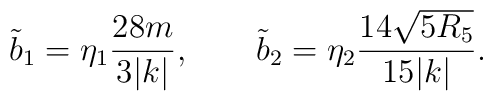
\tilde b_1=\eta_1{28m\over3|k|},\qquad\tilde b_2=\eta_2{14\sqrt{5R_5}\over15|k|}.